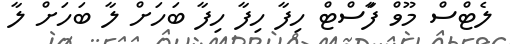
ލެޓްސް މޫވް ފާަސްޓް ހިފާ ހިފާ ހިފާ ބަހަށް ލާ ބަހަށް ލާ